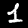
Digit: 1